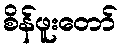
စိန်ဖူးတော်